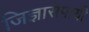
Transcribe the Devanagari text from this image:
जिज्ञासेपायी